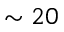
\sim 2 0